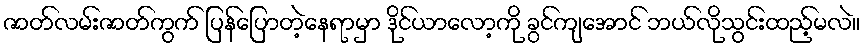
ဇာတ်လမ်းဇာတ်ကွက် ပြန်ပြောတဲ့နေရာမှာ ဒိုင်ယာလော့ကို ခွင်ကျအောင် ဘယ်လိုသွင်းထည့်မလဲ။